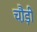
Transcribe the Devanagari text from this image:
चौ़ड़ी